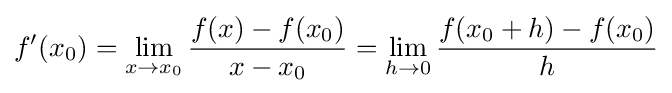
f'(x_{0})=\lim _{x\to x_{0}}{\frac {f(x)-f(x_{0})}{x-x_{0}}}=\lim _{h\to 0}{\frac {f(x_{0}+h)-f(x_{0})}{h}}